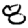
Digit: 8